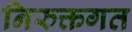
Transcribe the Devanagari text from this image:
निरुक्तगत